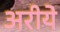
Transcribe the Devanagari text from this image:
अरीये